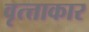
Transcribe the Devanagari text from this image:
वृत्त्ताकार